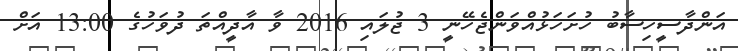
އަންދާސީހިސާބު ހުށަހަޅުއްވަންޖެހޭނީ 3 ޖުލައި 2016 ވާ އާދީއްތަ ދުވަހުގެ 13:00 އަށް